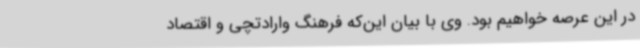
در این عرصه خواهیم بود. وی با بیان این‌که فرهنگ وارادتچی و اقتصاد